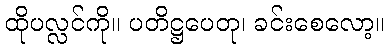
ထိုပလ္လင်ကို။ ပတိဋ္ဌပေတု၊ ခင်းစေလော့။